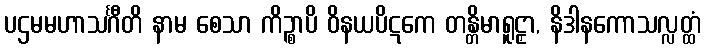
ပဌမမဟာသင်္ဂီတိ နာမ စေသာ ကိဉ္စာပိ ဝိနယပိဋကေ တန္တိမာရူဠှာ, နိဒါနကောသလ္လတ္ထံ